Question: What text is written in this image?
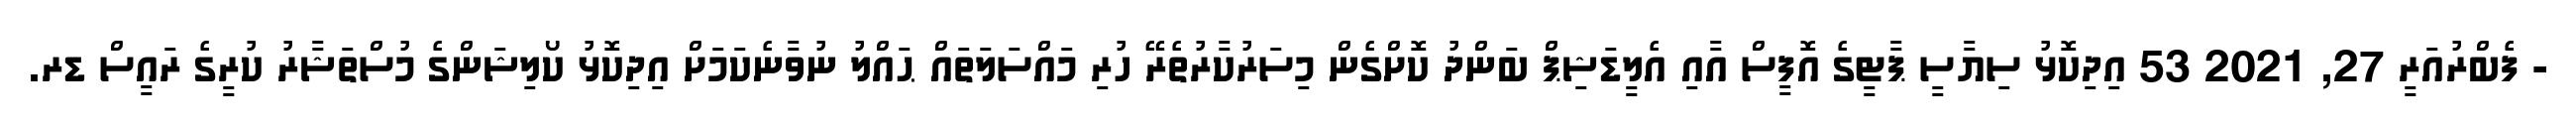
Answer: - ފެބްރުއަރީ 27, 2021 53 އިދިކޮޅު ސިޔާސީ ޕާޓީގެ އޮފީސް އާއި އެލީޑަޝިޕް ބަންދު ކޮށްގެން މިސަރުކާރުތެރޭ ހުރި މައްސަލަތައް ޙައްލު ނުވާނެކަމަށް އިދިކޮޅު ކޯލިޝަންގެ މުސްތަޝާރު ކުރީގެ ރައީސް ޑރ.